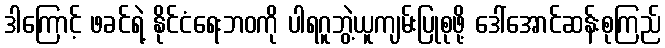
ဒါကြောင့် ဖခင်ရဲ့ နိုင်ငံရေးဘဝကို ပါရဂူဘွဲ့ယူကျမ်းပြုစုဖို့ ဒေါ်အောင်ဆန်းစုကြည်